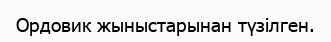
Ордовик жыныстарынан түзілген.